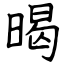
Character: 暍